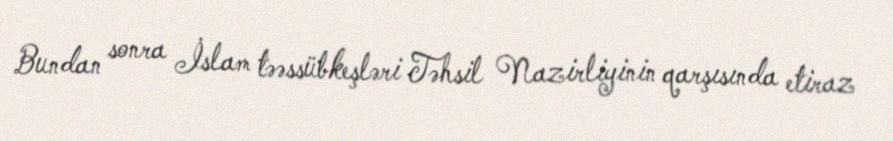
Bundan sonra İslam təəssübkeşləri Təhsil Nazirliyinin qarşısında etiraz